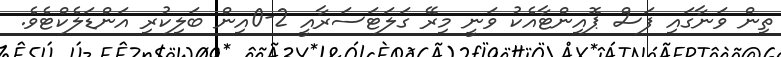
ތިން ވަނާގައި ފަސް ޕޮއިންޓާއެކު ވަނީ މިރޭ ގަލަޓަސަރާއީ 2-0އިން ބަލިކުރި އަންޑަލެކްޓެވެ.